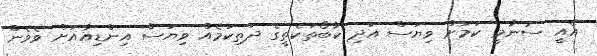
އެއީ ސުނާމީ ކަމަށް ވިޔަސް އަދި ކާބޯތަކެތީގެ ދަތިކަމެއް ވިޔަސް އިންޑިއާއަށް ވެވެން